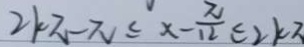
2 k \pi - \pi \leq x - \frac { \pi } { 1 2 } \leq 2 k \pi